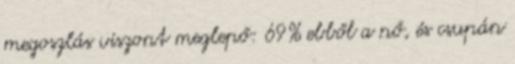
megoszlás viszont meglepő: 69% ebből a nő, és csupán